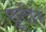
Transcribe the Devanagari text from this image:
छूटीं।